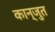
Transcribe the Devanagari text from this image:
कान्जुत